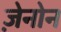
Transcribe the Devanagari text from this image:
ज़ेनोन